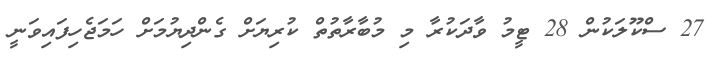
27 ސްކޫލަކުން 28 ޓީމު ވާދަކުރާ މި މުބާރާތުތް ކުރިޔަށް ގެންދިޔުމަށް ހަމަޖެހިފައިވަނީ